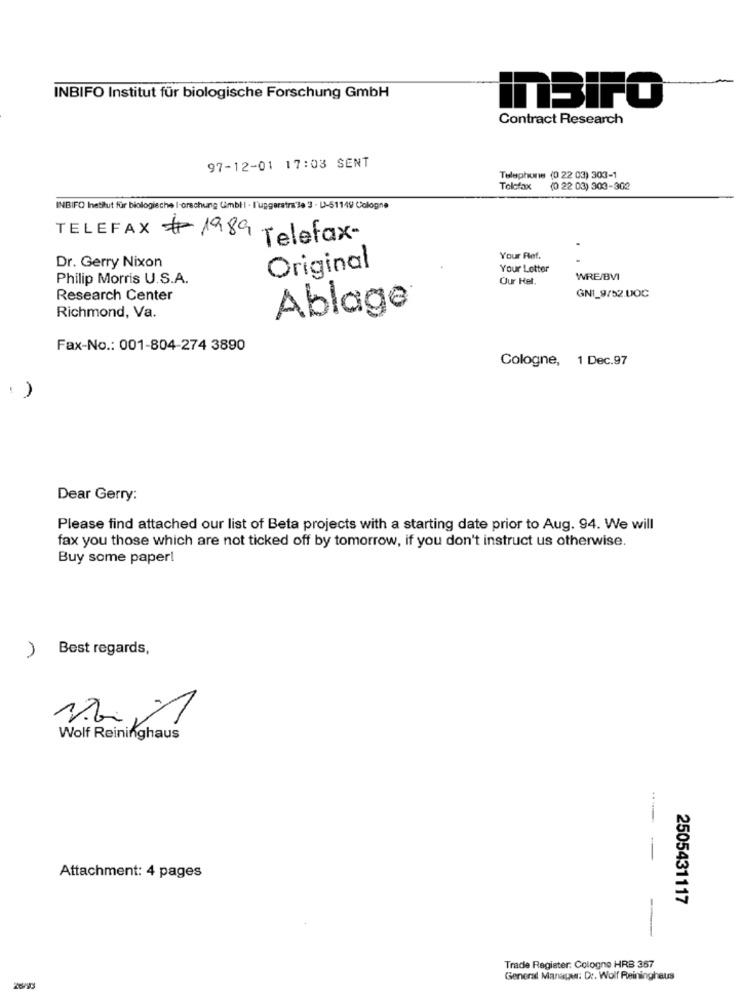
INBIFO Institut für biologische Forschung GmbH
InBiFO
Contract Research
97-12-01 17:03 SENT
Telephone (0 22 03) 303-1
Telefax
(0 22 03) 300-302
INBIFO hetihut für biologische I-orschung Gmbh - l'uggeratra3e 3 - U-51149 Cologne
TELEFAX # 1989 Telefax-
Dr. Gerry Nixon
Your Ref.
Original
Your Letter
Philip Morris U.S.A.
Our Kel.
WRE/BVI
Research Center
GNI_9/52.00C
Richmond, Va.
Ablage
Fax-No .: 001-804-274 3890
Cologne, 1 Dec.97
: )
Dear Gerry:
Please find attached our list of Beta projects with a starting date prior to Aug. 94. We will
fax you those which are not ticked off by tomorrow, if you don't instruct us otherwise.
Buy some paper!
Best regards,
1
Wolf Reininghaus
--- -
Attachment: 4 pages
2505431117
--
Trade Register: Cologne HRB 367
General Manager: D :. Wolf Reininghaus